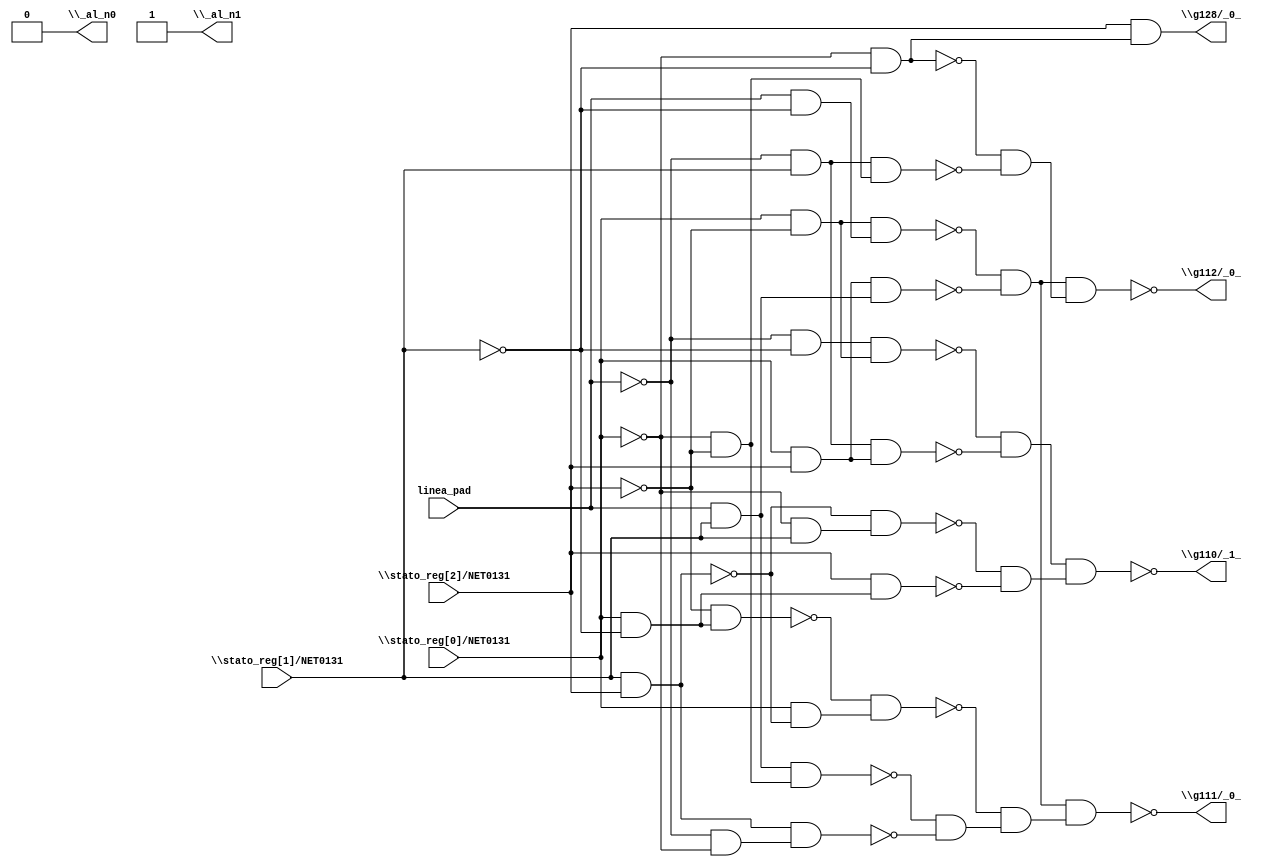
module top( linea_pad , \stato_reg[0]/NET0131  , \stato_reg[1]/NET0131  , \stato_reg[2]/NET0131  , \_al_n0  , \_al_n1  , \g110/_1_  , \g111/_0_  , \g112/_0_  , \g128/_0_  );
  input linea_pad ;
  input \stato_reg[0]/NET0131  ;
  input \stato_reg[1]/NET0131  ;
  input \stato_reg[2]/NET0131  ;
  output \_al_n0  ;
  output \_al_n1  ;
  output \g110/_1_  ;
  output \g111/_0_  ;
  output \g112/_0_  ;
  output \g128/_0_  ;
  wire n5 , n6 , n7 , n8 , n9 , n10 , n11 , n12 , n13 , n14 , n15 , n16 , n17 , n18 , n19 , n20 , n21 , n22 , n23 , n24 , n25 , n26 , n27 , n28 , n29 , n30 , n31 , n32 , n33 , n34 , n35 , n36 , n37 , n38 ;
  assign n5 = ~linea_pad & ~\stato_reg[1]/NET0131  ;
  assign n6 = \stato_reg[0]/NET0131  & ~\stato_reg[2]/NET0131  ;
  assign n7 = n5 & n6 ;
  assign n8 = ~linea_pad & \stato_reg[1]/NET0131  ;
  assign n9 = \stato_reg[0]/NET0131  & \stato_reg[2]/NET0131  ;
  assign n10 = n8 & n9 ;
  assign n11 = ~n7 & ~n10 ;
  assign n12 = \stato_reg[1]/NET0131  & \stato_reg[2]/NET0131  ;
  assign n13 = ~\stato_reg[0]/NET0131  & \stato_reg[1]/NET0131  ;
  assign n14 = ~n12 & n13 ;
  assign n15 = \stato_reg[0]/NET0131  & ~\stato_reg[1]/NET0131  ;
  assign n16 = \stato_reg[2]/NET0131  & n15 ;
  assign n17 = ~n14 & ~n16 ;
  assign n18 = n11 & n17 ;
  assign n19 = linea_pad & ~\stato_reg[1]/NET0131  ;
  assign n20 = n6 & n19 ;
  assign n21 = linea_pad & \stato_reg[1]/NET0131  ;
  assign n22 = n9 & n21 ;
  assign n23 = ~n20 & ~n22 ;
  assign n24 = ~\stato_reg[2]/NET0131  & n15 ;
  assign n25 = \stato_reg[0]/NET0131  & ~n12 ;
  assign n26 = ~n24 & n25 ;
  assign n27 = ~\stato_reg[0]/NET0131  & ~\stato_reg[2]/NET0131  ;
  assign n28 = n21 & n27 ;
  assign n29 = ~linea_pad & ~\stato_reg[0]/NET0131  ;
  assign n30 = n12 & n29 ;
  assign n31 = ~n28 & ~n30 ;
  assign n32 = ~n26 & n31 ;
  assign n33 = n23 & n32 ;
  assign n34 = ~\stato_reg[0]/NET0131  & ~\stato_reg[1]/NET0131  ;
  assign n35 = n8 & n27 ;
  assign n36 = ~n34 & ~n35 ;
  assign n37 = n23 & n36 ;
  assign n38 = \stato_reg[2]/NET0131  & n34 ;
  assign \_al_n0  = 1'b0 ;
  assign \_al_n1  = ~1'b0 ;
  assign \g110/_1_  = ~n18 ;
  assign \g111/_0_  = ~n33 ;
  assign \g112/_0_  = ~n37 ;
  assign \g128/_0_  = n38 ;
endmodule